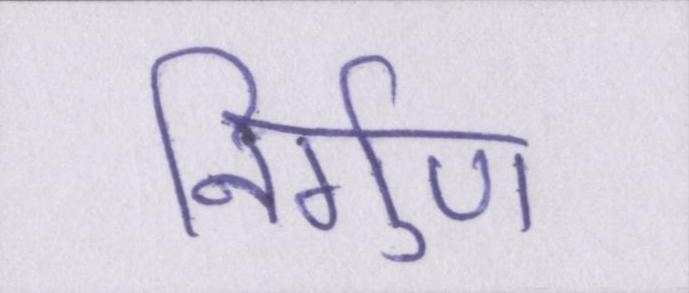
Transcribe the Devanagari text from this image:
निर्गुण